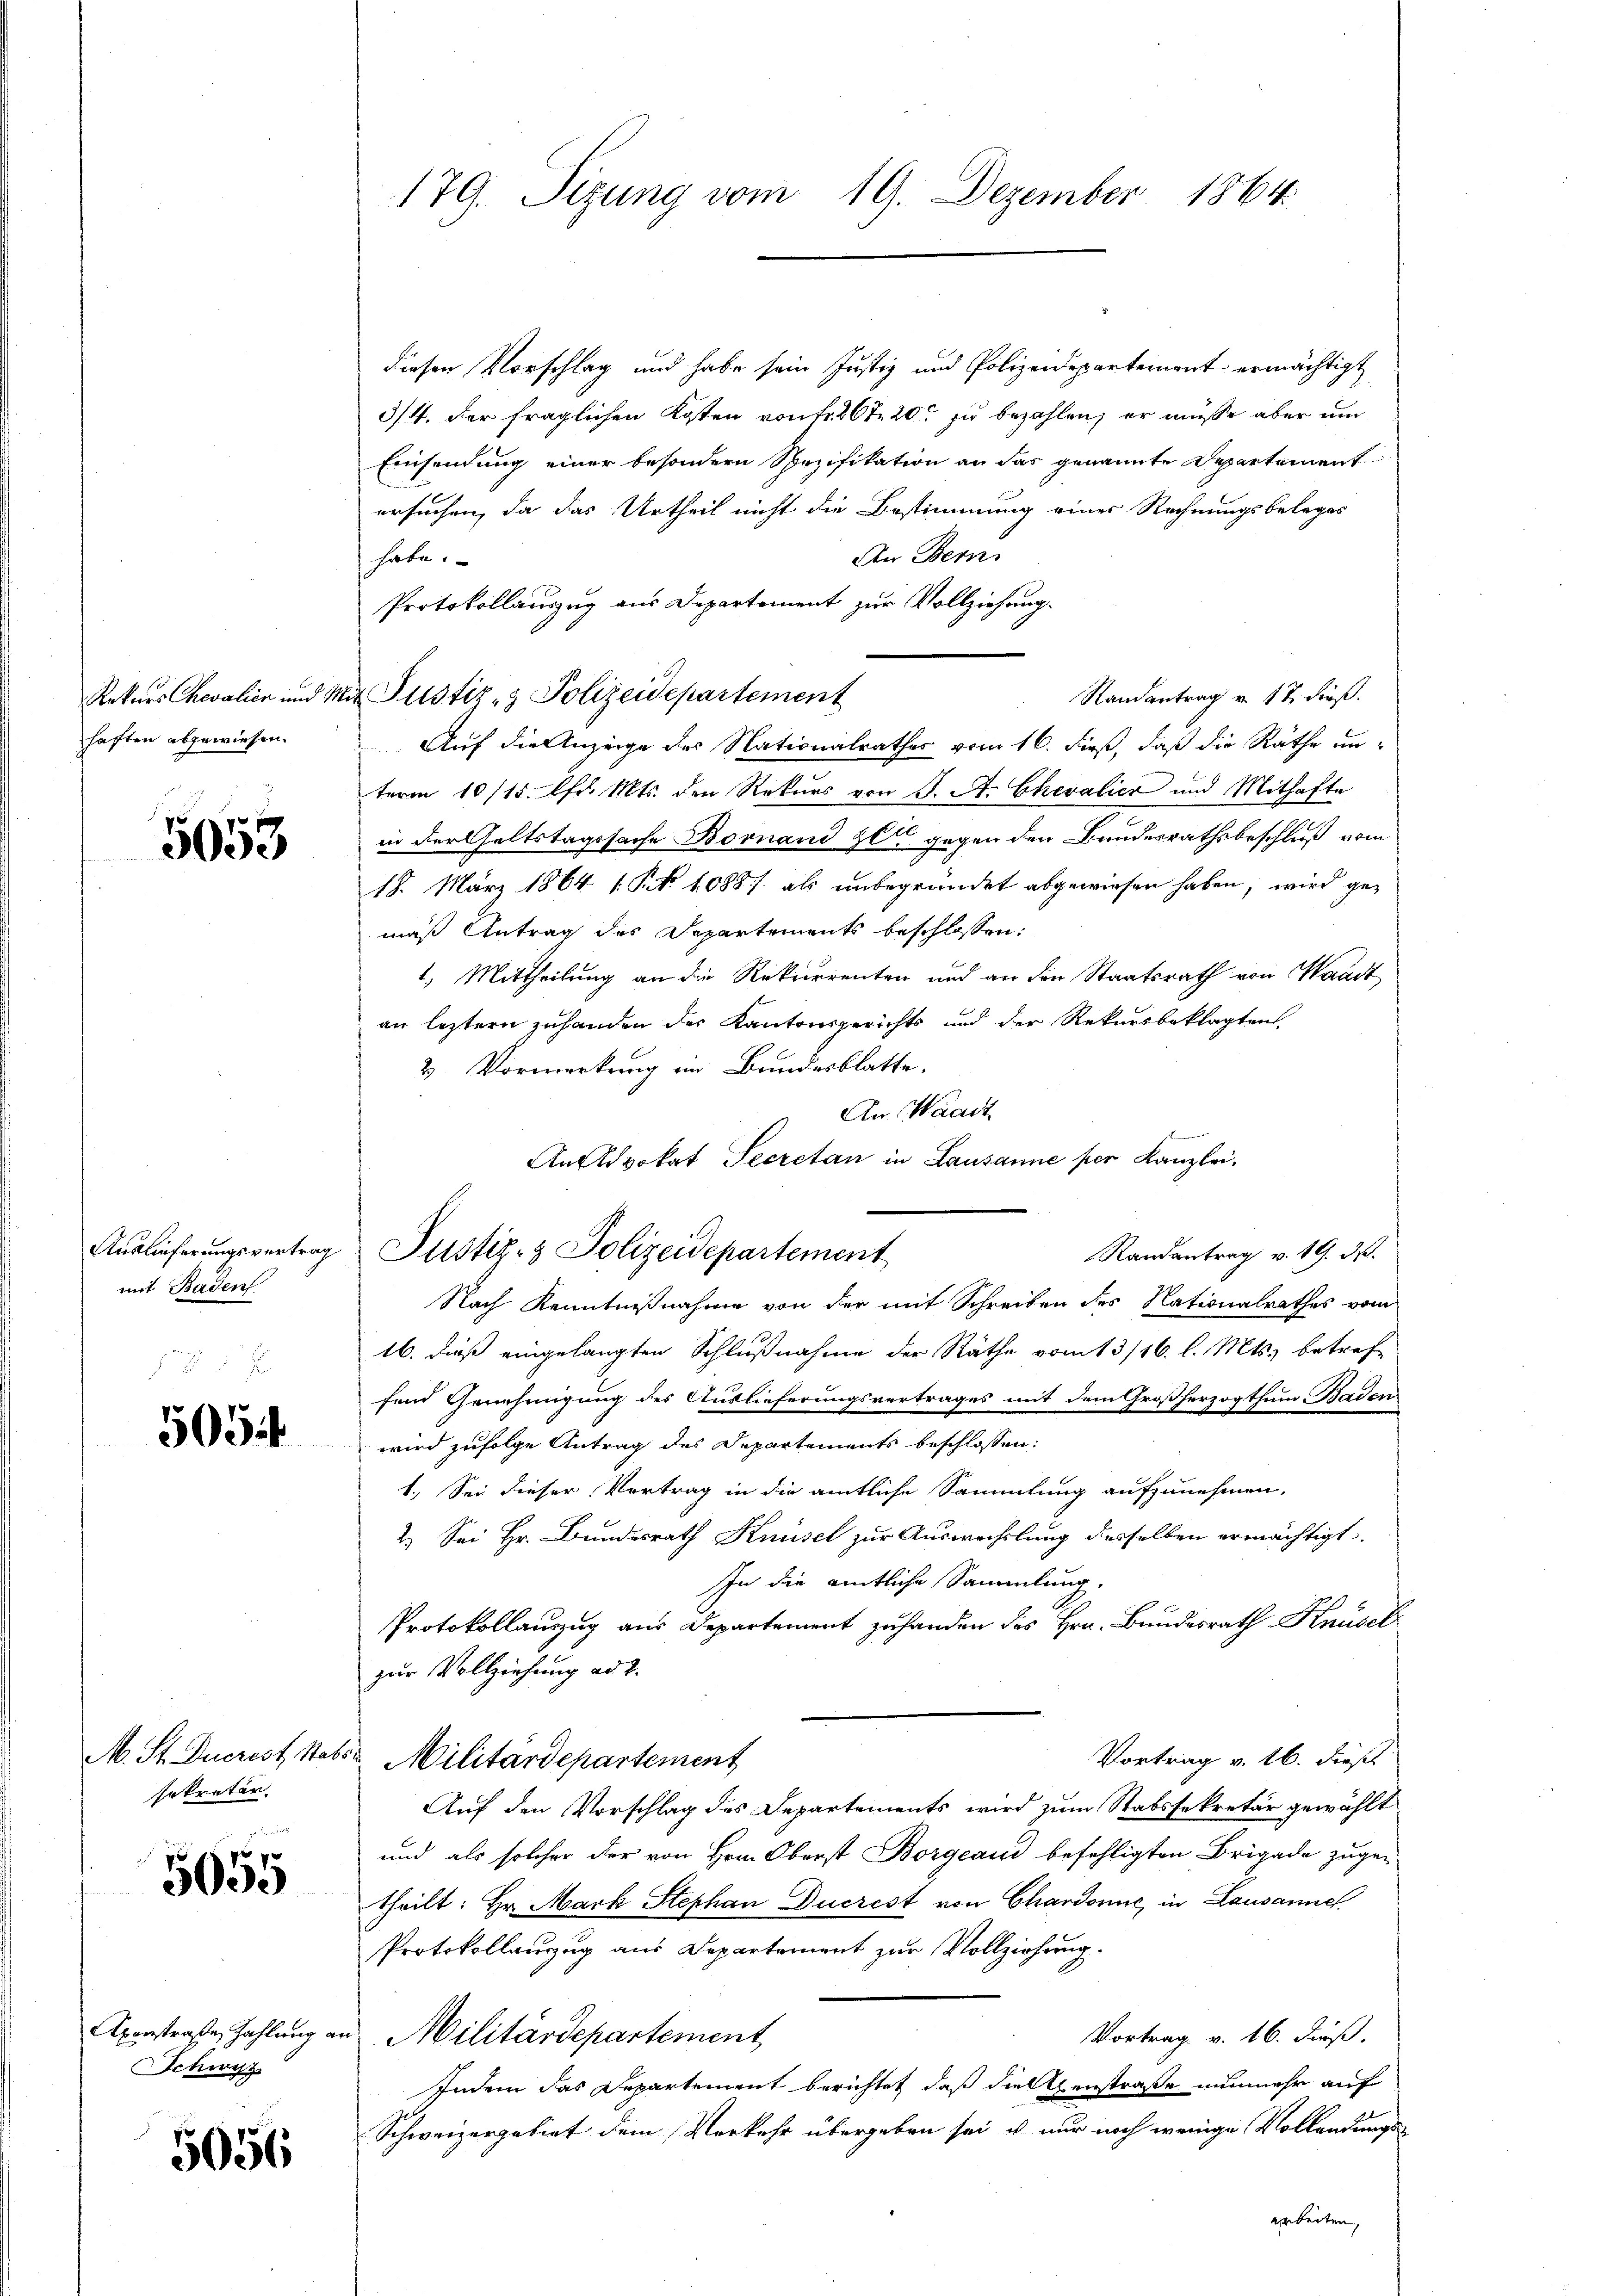
Rekurs Chevalien und 9.
haften abgewiesen.

5053

mit Baden

505

sekretär

5055

Schwyz

5056

179. Sizung vom 19. Dezember 1864.

diesen Vorschlag und habe sein Justiz und Polizeidepartement ermächtigt
3/4. der fraglichen Kosten von Fr. 207. 20. zu bezahlen, er müsse aber um
Einsendung einer besondern Spezifikation an das genannte Departement
ersuchen, da das Urtheil nicht die Bestimmung eines Rechnungsbeleges
An Bern.
habe.
Protokollauszug aus Departement zur Vollziehung.
Randantrag v. 17. dieß.
mi Justiz- & Polizeidepartement
Auf die Anzeige des Nationalrathes vom 16. dieß, daß die Räthe un-
term 10/15. lfd. Mts. den Rekurs von J. A. Chevalier und Mithafte
in der Geltstagssache Bornand ze gegen den Bundesrathsbeschluß vom
18. März 1864 (§. 1088 / als unbegründet abgewiesen haben, wird gemäß Antrag des Departements beschlossen:
1. Mittheilung an die Rekurrenten und an den Staatsrath von Waadt
an letztern zuhanden der Kantonsgerichts und der Rekursbeklagten,
3. Vormerkung ein Bundesblatte,
An Waadt
Anslokat Secretan in Lausanne per Kanzlei.
Randantrag v. 19. d.
Nach Kenntnißnahme von der mit Schreiben des Nationalrathes vom
16. dieß eingelangten Schlußnahme der Räthe vom 13/16. l. Mts. betreffend Genehmigung des Auslieferungsvertrages mit dem Großherzogthum Baden
wird zufolge Antrag des Departements beschlossen:
1.) Sei dieser Vertrag in die amtliche Sammlung aufzunehmen,
2.) Sei Hr. Bundesrath Knüsel zur Auswechslung desselben ermächtigt
In die amtliche Sammlung.
Protokollauszug aus Departement zu handen des Hrn. Bundesrath Knüsel
zur Vollziehung ad 2.
Vortrag v. 16. dies
M. St. Ducrest Stats Militärdepartement
Auf den Vorschlag des Departements wird zum Stabssekretär gewählt
und als solcher der von Hrn. Oberst Borgeand befehligten Brigade zuge-
theilt: Hr. Mark Stephan Ducrest von Chardonne, in Lausanne
Protokollauszug aus Departement zur Vollziehung.
Axenstraße, Zahlung an Militärdepartement,
Vortrag v. 16. dieß.
Indem das Departement berichtet, daß die Censtraße nunmehr auf
Schweizergebiet dem Verkehr übergeben sei, u. nur noch wenige Vollendungs-
arbeiten

Auslieferungsvertrag Justiz- & Polizeidepartement